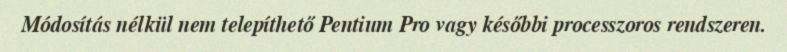
Módosítás nélkül nem telepíthető Pentium Pro vagy későbbi processzoros rendszeren.